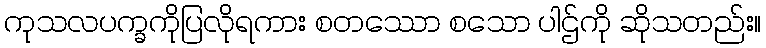
ကုသလပက္ခကိုပြလိုရကား စတဿော စသော ပါဌ်ကို ဆိုသတည်း။